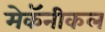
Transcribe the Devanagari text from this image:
मेकॅनीकल